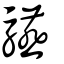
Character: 驠